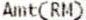
AMT(RM)